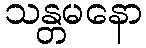
သန္တမနော